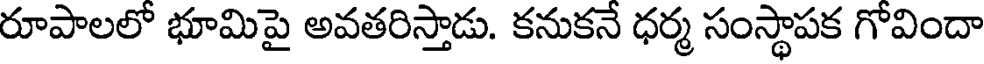
రూపాలలో భూమిపై అవతరిస్తాడు. కనుకనే ధర్మ సంస్థాపక గోవిందా